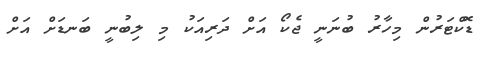
ޑޮކްޓަރުން މިހާރު ބުނަނީ ޖެކޯ އަށް ދަރިއަކު މި ލިބުނީ ބަނޑަށް އަށް